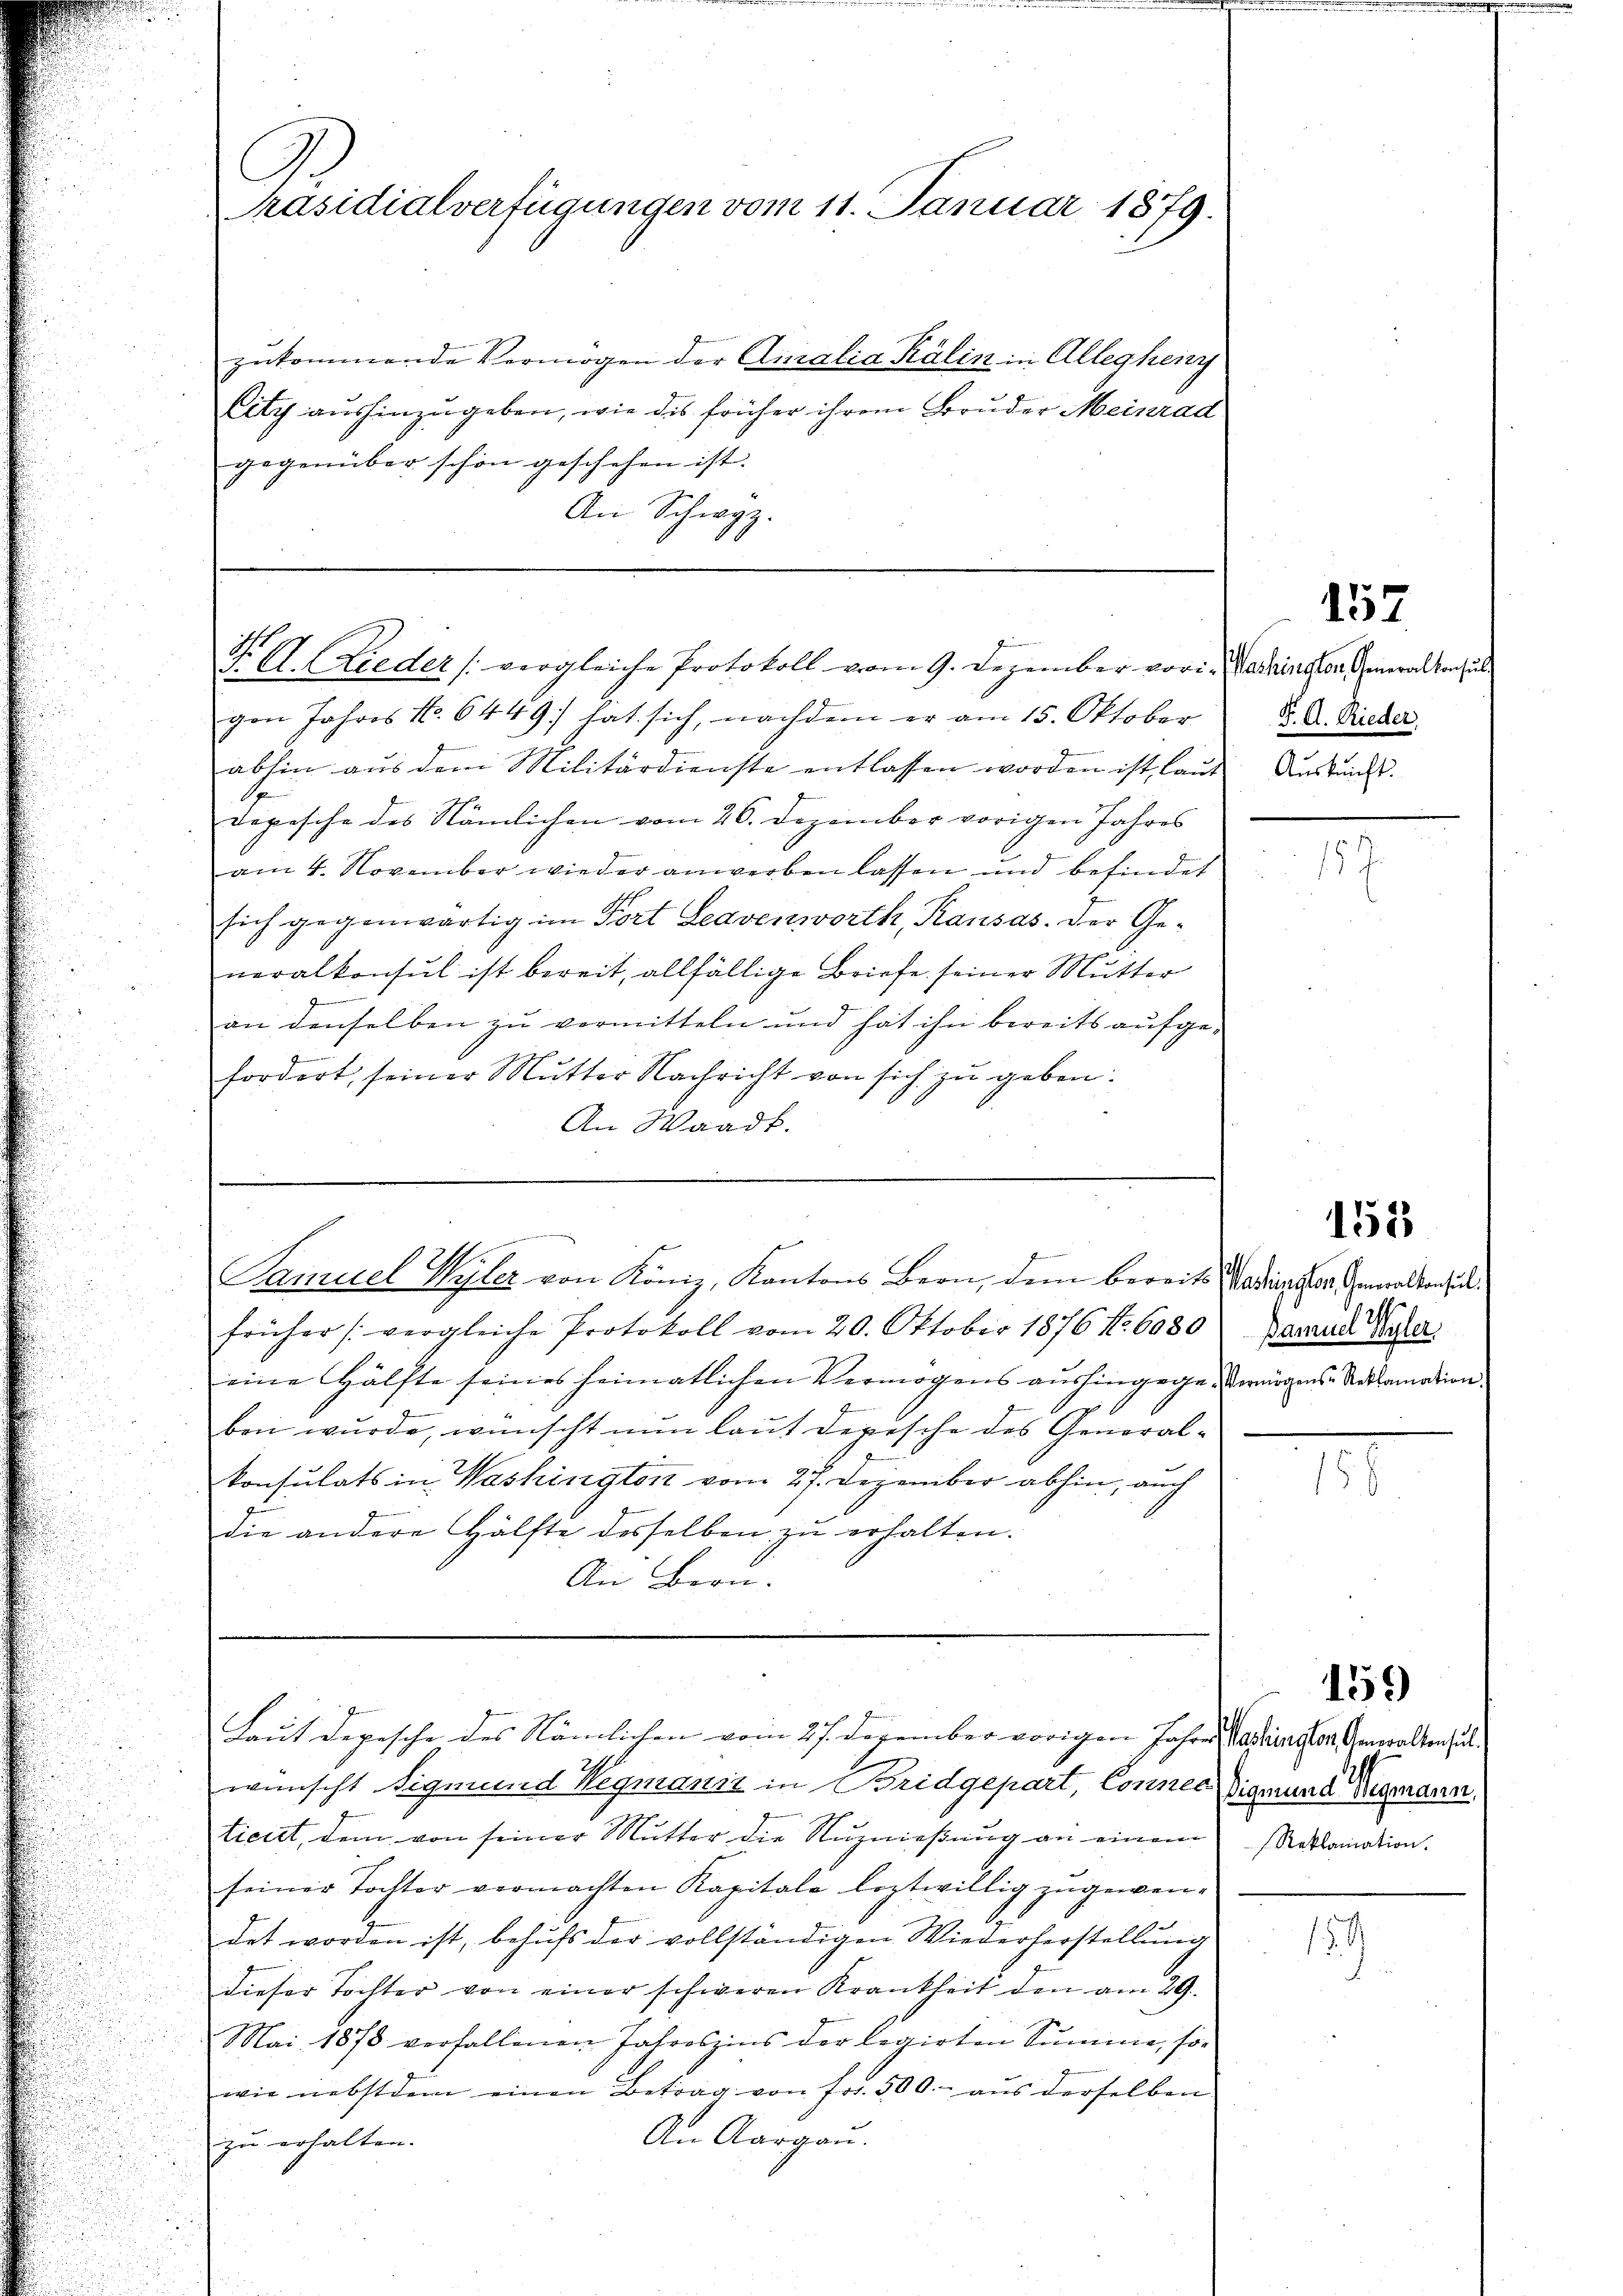
C
Präsidialverfügungen vom 11. Januar 1879.

zukommende Vermögen der Amalia Kälin in Allegheitz
Lily aushinzugeben, wie des früher ihrem Bruder Meinrad
gegenüber schon geschehen ist.
An Schwyz.

N. VI. (Lieder (vergleiche Protokoll vom 9. Dezember vori, Madringen Generalkonsul

gon Jahres No. 6449 hat sich, nachdem er am 15. Oktober
abhin aus dem Militärdienste entlassen worden ist, laut
n
Depesche des Nämlichen vom 26. Dezember vorigen Jahres
am 4. November wieder anwerben lassen und befindet
sich gegenwärtig im Fort Leavenworth, Rausas. Der Generalkonsul ist bereit, allfällige Briefe seiner Mutter
J
an denselben zu vermitteln und hat ihn bereits aufge-
fordert, seiner Mutter Nachricht von sich zu geben:
An Waadt.

e
Samuel Wyler von König, Kantons Bern, dem bereits Badieser Gewalten u.

Laut Depesche des Nämlichen vom 27. Dezember vorigen Jahres Vaterste Gewalten zul

wünscht Sigmund Wegmanit in Bridgepart, Connec
ticret, dem von seiner Mutter die Nuznießung an einem
seiner Tochter vermachten Kapitale loztwillig zugewendet worden ist, behufs der vollständigen Wiederherstellung
dieser Tochter von einer schweren Krankheit den am 29.
Mai 1878 verfallenen Jahreszins der legirten Summe, so
wie nebst dem einen Betrag von fr. 500.- aŭs derselben
An Aargau.
zu erhalten.

früher (vergleiche Protokoll vom 20. Oktober 1876 Nr. 6080 Banaud Vater
eine Hälfte seines heimatlichen Vermögens aushingegendergens-Rettamation
ben wurde, wünscht nun laut depische des Generalkonsulats in Washington vom 27. Dezember abhin, auch
die andere Hälfte desselben zu erhalten.
An Bern.

157

F. A. Rieder
Auskunft.

M

159

152

159

Sigmund Wegmann.
Reklamation.